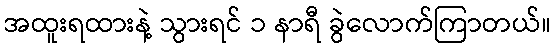
အထူးရထားနဲ့ သွားရင် ၁ နာရီ ခွဲလောက်ကြာတယ်။